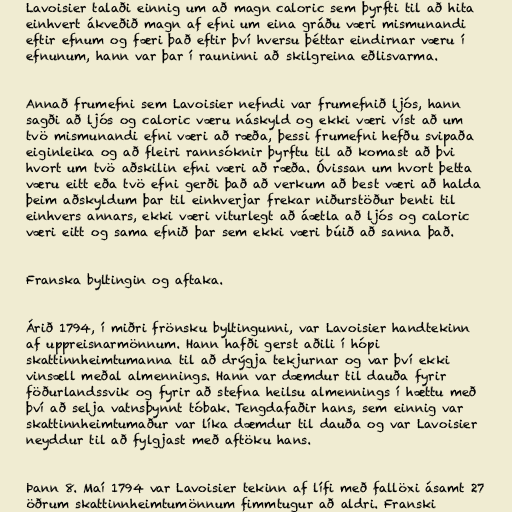
Lavoisier talaði einnig um að magn caloric sem þyrfti til að hita
einhvert ákveðið magn af efni um eina gráðu væri mismunandi
eftir efnum og færi það eftir því hversu þéttar eindirnar væru í
efnunum, hann var þar í rauninni að skilgreina eðlisvarma.

Annað frumefni sem Lavoisier nefndi var frumefnið ljós, hann
sagði að ljós og caloric væru náskyld og ekki væri víst að um
tvö mismunandi efni væri að ræða, þessi frumefni hefðu svipaða
eiginleika og að fleiri rannsóknir þyrftu til að komast að þvi
hvort um tvö aðskilin efni væri að ræða. Óvissan um hvort þetta
væru eitt eða tvö efni gerði það að verkum að best væri að halda
þeim aðskyldum þar til einhverjar frekar niðurstöður benti til
einhvers annars, ekki væri viturlegt að áætla að ljós og caloric
væri eitt og sama efnið þar sem ekki væri búið að sanna það.

Franska byltingin og aftaka.

Árið 1794, í miðri frönsku byltingunni, var Lavoisier handtekinn
af uppreisnarmönnum. Hann hafði gerst aðili í hópi
skattinnheimtumanna til að drýgja tekjurnar og var því ekki
vinsæll meðal almennings. Hann var dæmdur til dauða fyrir
föðurlandssvik og fyrir að stefna heilsu almennings í hættu með
því að selja vatnsþynnt tóbak. Tengdafaðir hans, sem einnig var
skattinnheimtumaður var líka dæmdur til dauða og var Lavoisier
neyddur til að fylgjast með aftöku hans.

Þann 8. Maí 1794 var Lavoisier tekinn af lífi með fallöxi ásamt 27
öðrum skattinnheimtumönnum fimmtugur að aldri. Franski